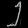
Digit: ၂